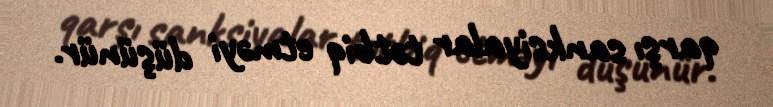
qarşı sanksiyalar tətbiq etməyi düşünür.